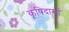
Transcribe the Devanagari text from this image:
कृषिदासों